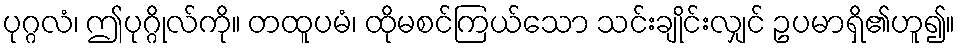
ပုဂ္ဂလံ၊ ဤပုဂ္ဂိုလ်ကို။ တထူပမံ၊ ထိုမစင်ကြယ်သော သင်းချိုင်းလျှင် ဥပမာရှိ၏ဟူ၍။